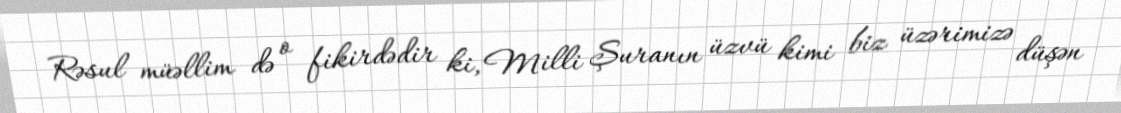
Rəsul müəllim də o fikirdədir ki, Milli Şuranın üzvü kimi biz üzərimizə düşən